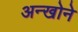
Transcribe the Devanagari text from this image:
अन्खोने